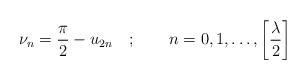
LaTeX: \begin{align*}\nu _{n}=\frac{\pi }{2}-u_{2n}\quad ;\qquad n=0,1,\dots ,\left[ \frac{\lambda }{2}\right]\end{align*}